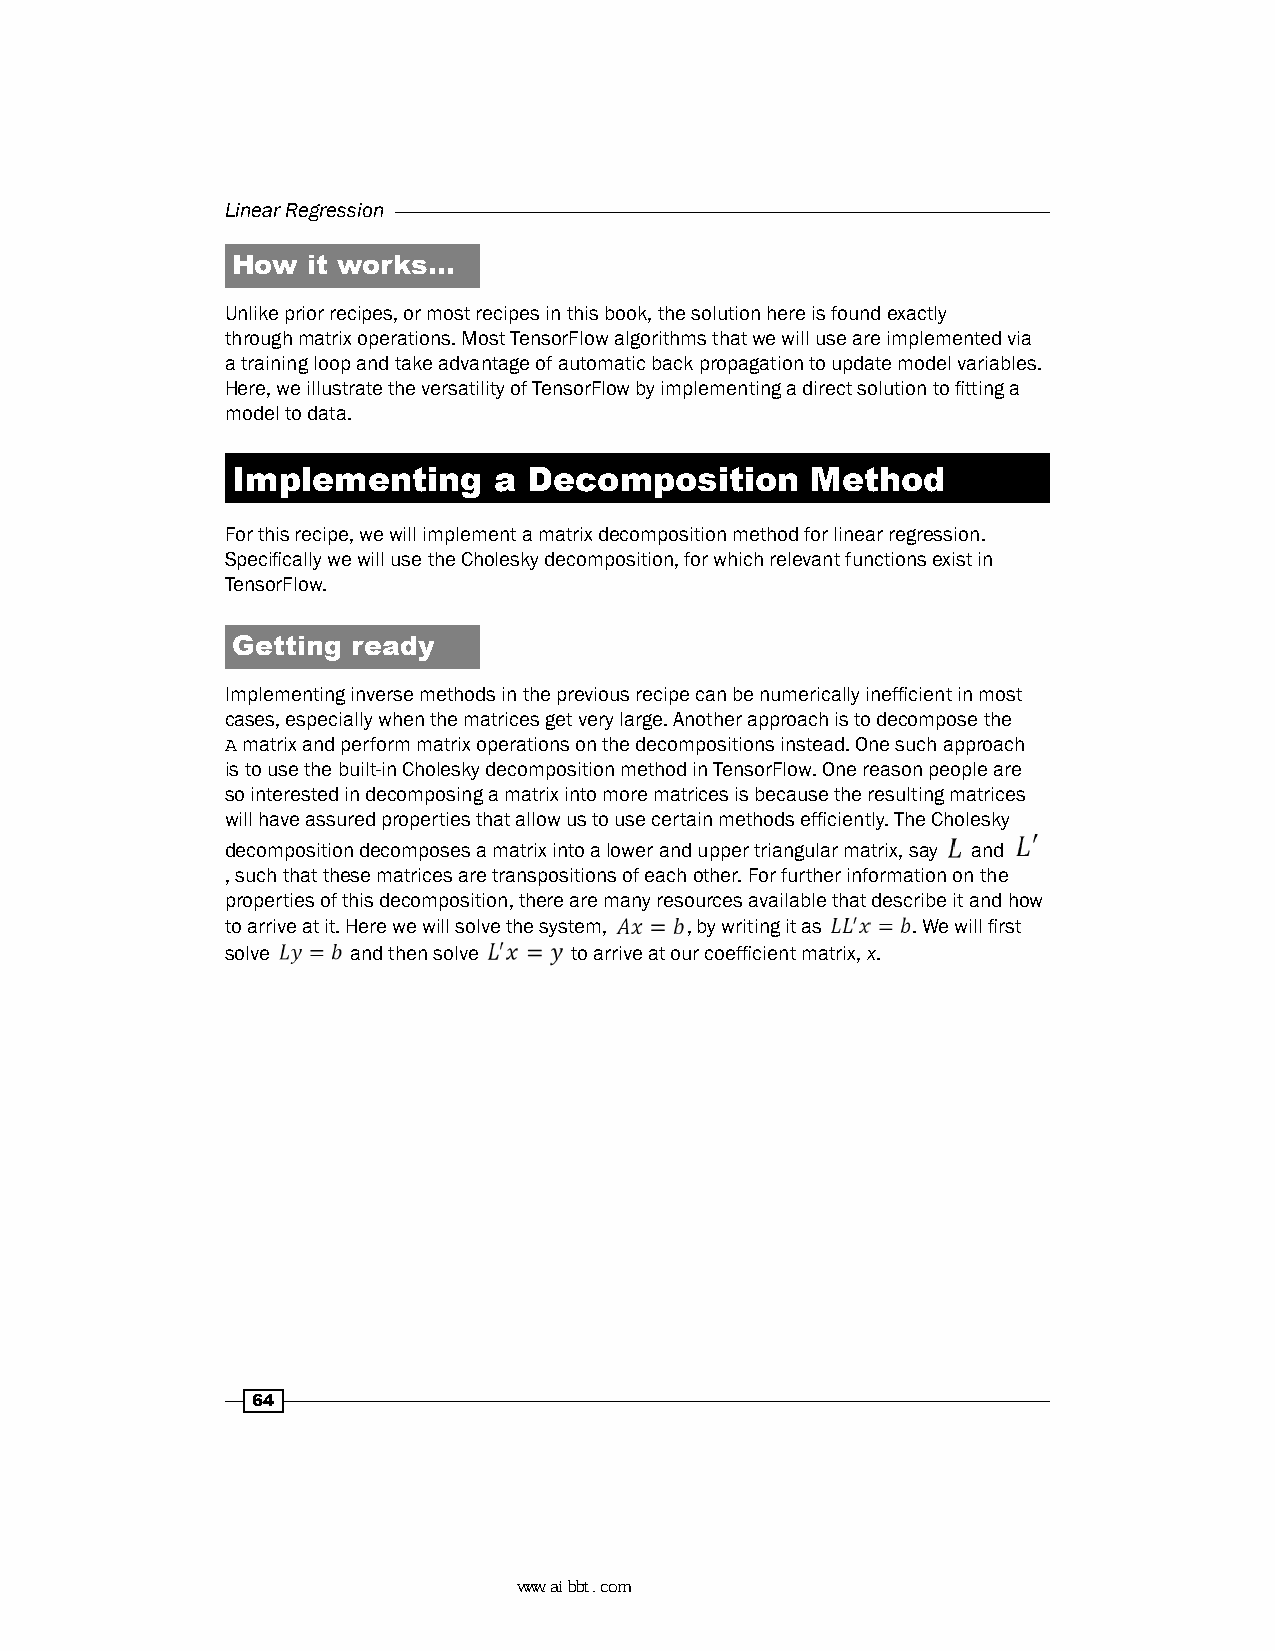
Linear Regression
 How  it works…
 Unlike prior recipes, or most recipes in this book, the solution here is found exactly
 through matrix operations. Most TensorFlow algorithms that we will use are implemented via
 a training loop and take advantage of automatic back propagation to update model variables.
 Here, we illustrate the versatility of TensorFlow by implementing a direct solution to fitting a
 model to data.
 Implementing      a Decomposition      Method
 For this recipe, we will implement a matrix decomposition method for linear regression.
 Specifically we will use the Cholesky decomposition, for which relevant functions exist in
 TensorFlow.
 Getting ready
 Implementing inverse methods in the previous recipe can be numerically inefficient in most
 cases, especially when the matrices get very large. Another approach is to decompose the
 A matrix and perform matrix operations on the decompositions instead. One such approach
 is to use the built-in Cholesky decomposition method in TensorFlow. One reason people are
 so interested in decomposing a matrix into more matrices is because the resulting matrices
 will have assured properties that allow us to use certain methods efficiently. The Cholesky
 decomposition decomposes a matrix into a lower and upper triangular matrix, say and
 , such that these matrices are transpositions of each other. For further information on the
 properties of this decomposition, there are many resources available that describe it and how
 to arrive at it. Here we will solve the system, , by writing it as . We will first
 solve   and then solve to arrive at our coefficient matrix, x.
 64
 www.aibbt.com 让未来触手可及